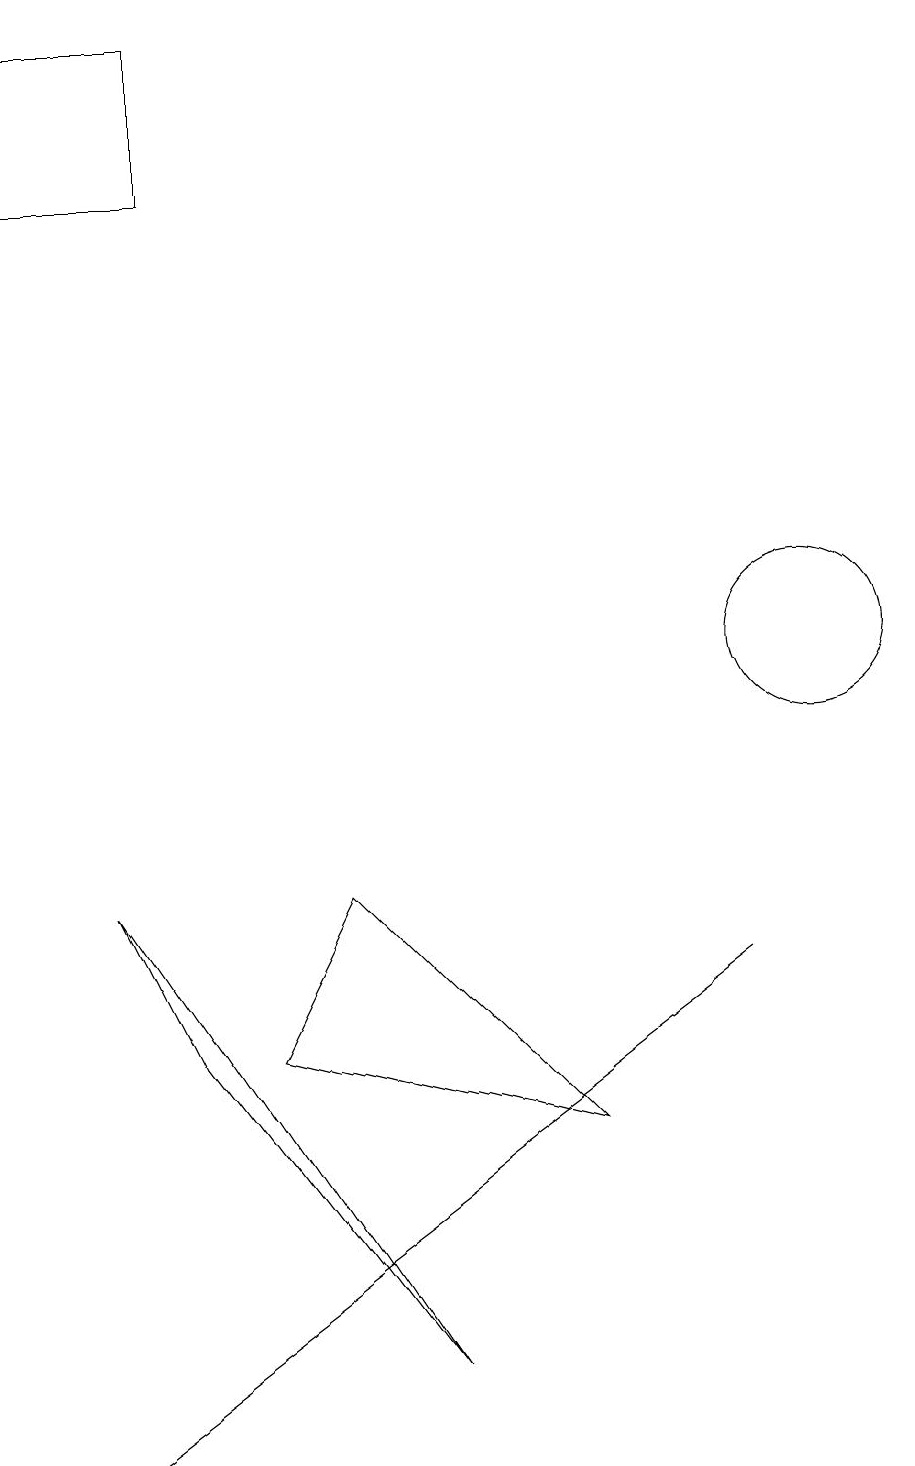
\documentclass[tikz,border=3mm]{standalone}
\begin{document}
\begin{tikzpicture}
\draw (10,11) circle (0);
\draw (1,7) -- (2,5) -- (5,1) -- cycle;
\draw (1,0) -- (9,6) -- (1,0) -- cycle;
\draw (10,10) circle (1);
\draw (2,18) rectangle (0,16);
\draw (4,7) -- (3,5) -- (7,4) -- cycle;
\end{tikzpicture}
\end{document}